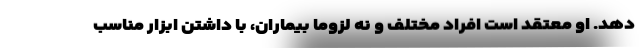
دهد. او معتقد است افراد مختلف و نه لزوما بیماران، با داشتن ابزار مناسب